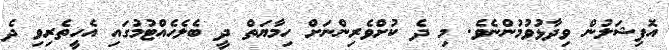
އޮފިޝަލުން ވިދާޅުވުމުންނެވެ. މި ދެ ކުށްވެރިންނަށް ހިމާޔަތް ދީ ބެލެހެއްޓުމުގައި އެހީތެރިވި ދެ